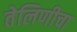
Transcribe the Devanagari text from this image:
तेलिणीचा